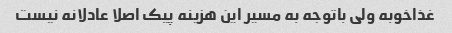
غذاخوبه ولی باتوجه به مسیر این هزینه پیک اصلا عادلانه نیست